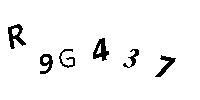
R9G437